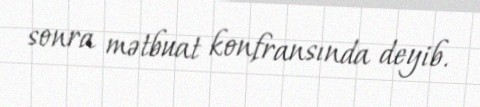
sonra mətbuat konfransında deyib.